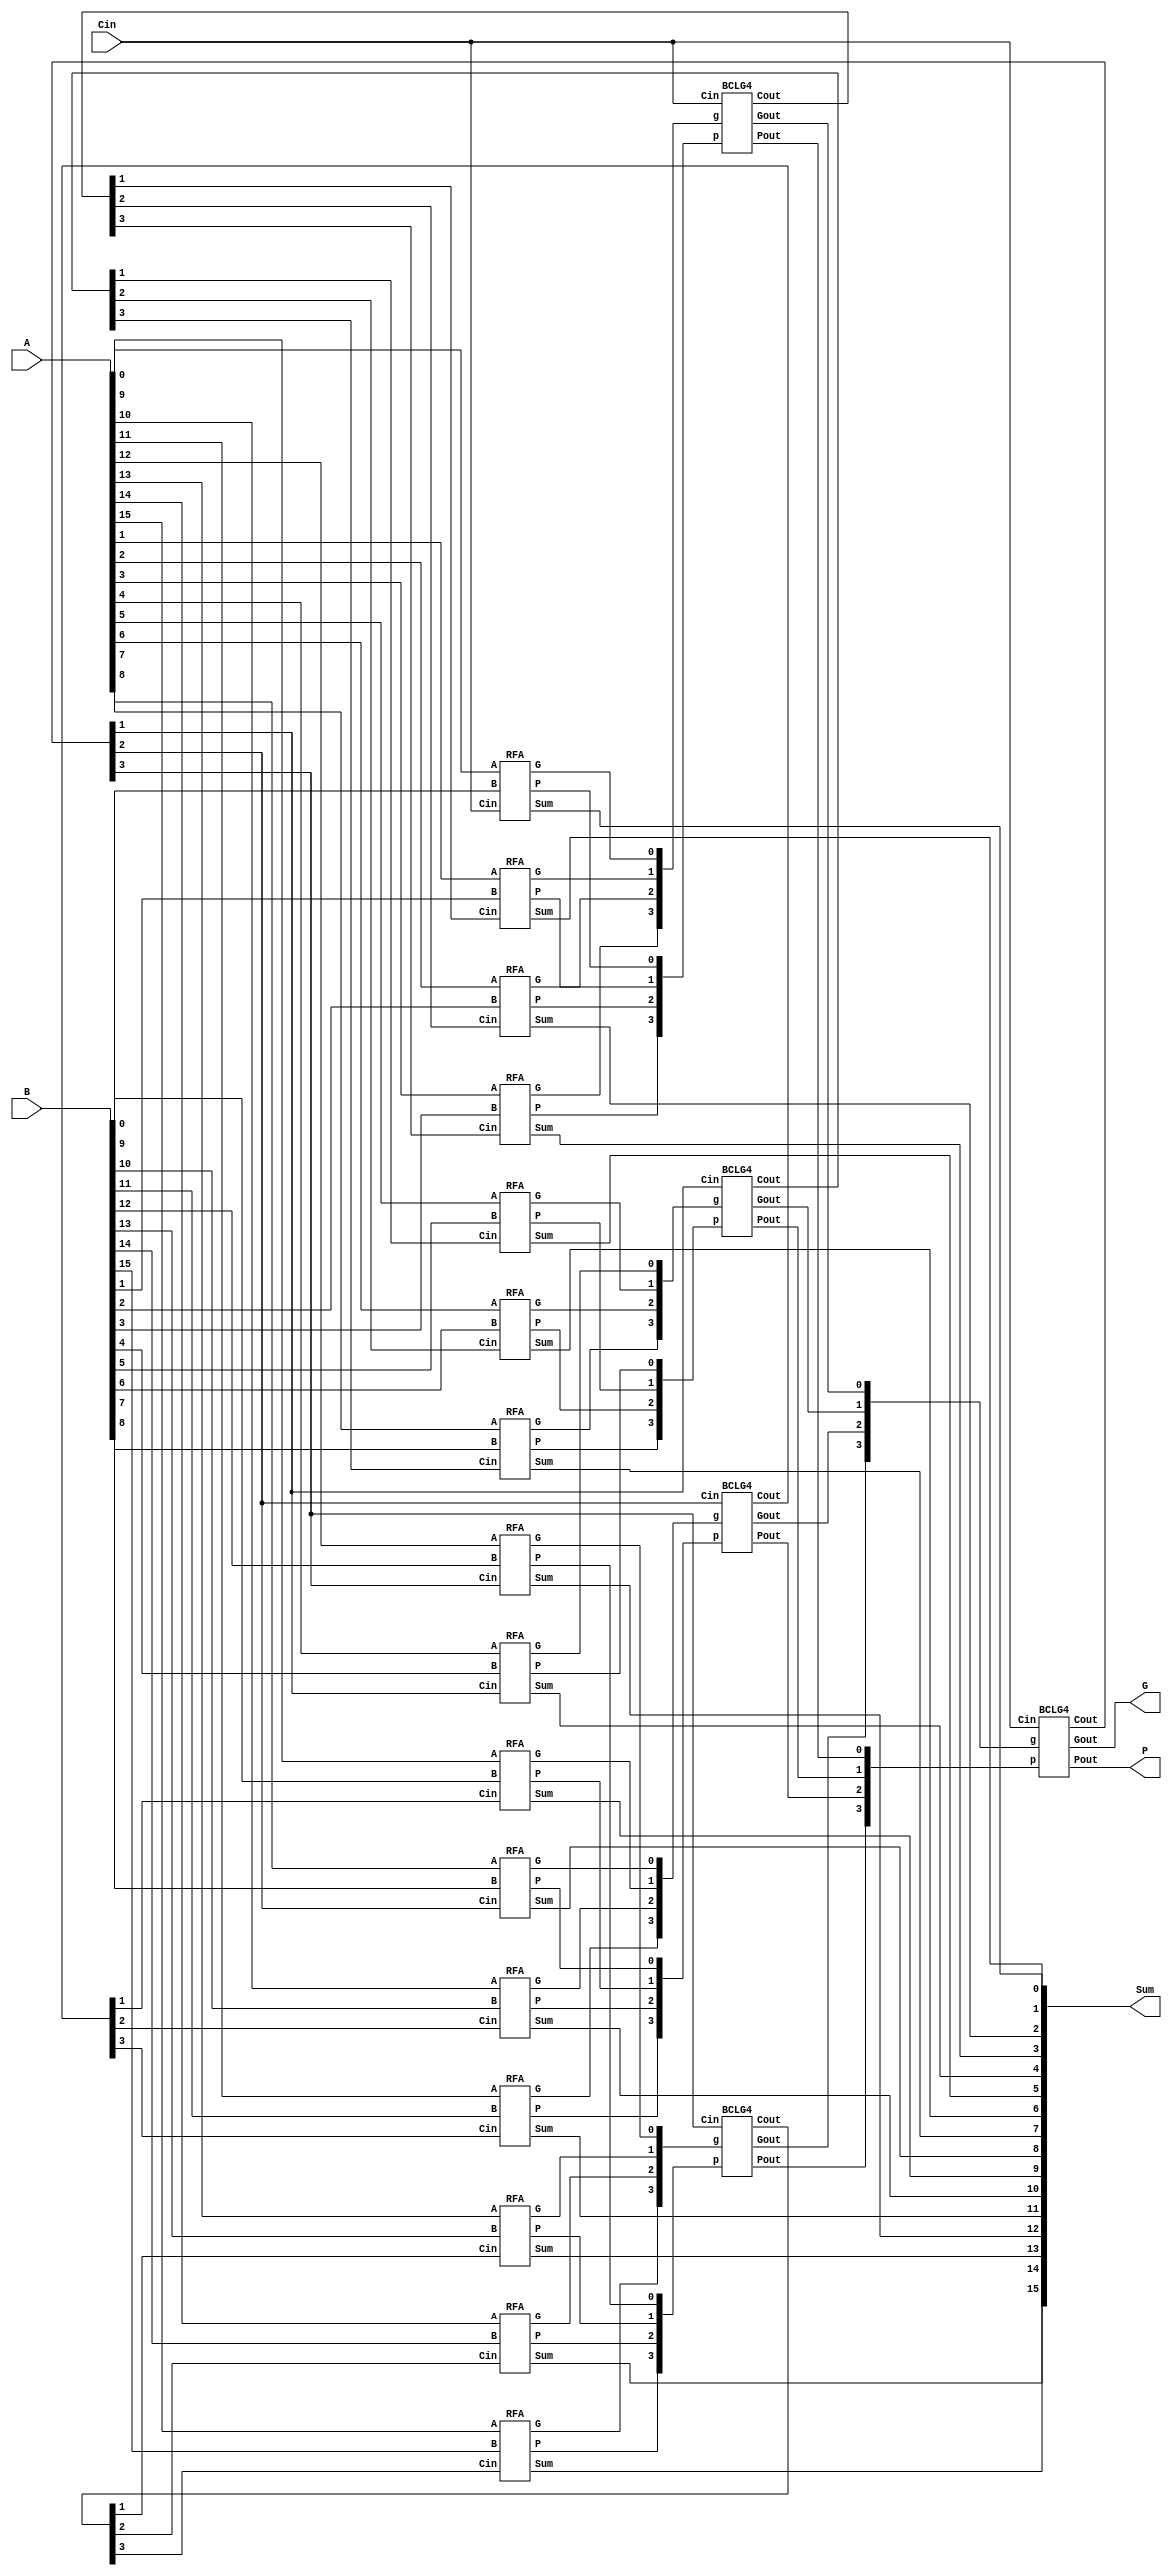
`timescale 1ns / 1ps

// 16-bit Block Carry Lookahead Adder
module CLA16(G, P, Sum, A, B, Cin);
	output G, P;
	output [15:0] Sum;
	input [15:0] A, B;
	input Cin;

	wire [15:0] c1, gt, pt;
	wire [3:0] c2, g, p;
	
	RFA rfa1(gt[0], pt[0], Sum[0], A[0], B[0], Cin);
	RFA rfa2(gt[1], pt[1], Sum[1], A[1], B[1], c1[1]);
	RFA rfa3(gt[2], pt[2], Sum[2], A[2], B[2], c1[2]);
	RFA rfa4(gt[3], pt[3], Sum[3], A[3], B[3], c1[3]);
	BCLG4 bclg1(c1[3:0], g[0], p[0], gt[3:0], pt[3:0], Cin);
	
	RFA rfa5(gt[4], pt[4], Sum[4], A[4], B[4], c2[1]);
	RFA rfa6(gt[5], pt[5], Sum[5], A[5], B[5], c1[5]);
	RFA rfa7(gt[6], pt[6], Sum[6], A[6], B[6], c1[6]);
	RFA rfa8(gt[7], pt[7], Sum[7], A[7], B[7], c1[7]);
	BCLG4 bclg2(c1[7:4], g[1], p[1], gt[7:4], pt[7:4], c2[1]);
	
	RFA rfa9(gt[8], pt[8], Sum[8], A[8], B[8], c2[2]);
	RFA rfa10(gt[9], pt[9], Sum[9], A[9], B[9], c1[9]);
	RFA rfa11(gt[10], pt[10], Sum[10], A[10], B[10], c1[10]);
	RFA rfa12(gt[11], pt[11], Sum[11], A[11], B[11], c1[11]);
	BCLG4 bclg3(c1[11:8], g[2], p[2], gt[11:8], pt[11:8], c2[2]);
	
	RFA rfa13(gt[12], pt[12], Sum[12], A[12], B[12], c2[3]);
	RFA rfa14(gt[13], pt[13], Sum[13], A[13], B[13], c1[13]);
	RFA rfa15(gt[14], pt[14], Sum[14], A[14], B[14], c1[14]);
	RFA rfa16(gt[15], pt[15], Sum[15], A[15], B[15], c1[15]);
	BCLG4 bclg4(c1[15:12], g[3], p[3], gt[15:12], pt[15:12], c2[3]);
	
	BCLG4 bclg5(c2, G, P, g, p, Cin);
endmodule

// Reduced Full Adder
module RFA(G, P, Sum, A, B, Cin);
	output G, P, Sum;
	input A, B, Cin;
	
	assign G = A & B;
	assign P = A | B;
	assign Sum = A ^ B ^ Cin;
endmodule

// 4-bit Block Carry Lookahead Generator
module BCLG4(Cout, Gout, Pout, g, p, Cin);
	output [3:0] Cout;
	output Gout, Pout;
	input [3:0] g, p;
	input Cin;
	
	wire [3:0] g, p;

	assign Cout[1] = g[0] | (p[0]&Cin);
	assign Cout[2] = g[1] | (p[1]&g[0]) | (p[1]&p[0]&Cin);
	assign Cout[3] = g[2] | (p[2]&g[1]) | (p[2]&p[1]&g[0]) | (p[2]&p[1]&p[0]&Cin);
	
	assign Gout = g[3] | (p[3]&g[2]) | (p[3]&p[2]&g[1]) | (p[3]&p[2]&p[1]&g[0]);
	assign Pout = p[0] & p[1] & p[2] & p[3];
endmodule